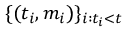
\{ ( t _ { i } , m _ { i } ) \} _ { i : t _ { i } < t }